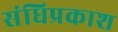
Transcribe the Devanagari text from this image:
संधिप्रकाश